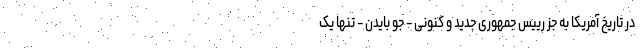
در تاریخ آمریکا به جز رییس جمهوری جدید و کنونی - جو بایدن - تنها یک